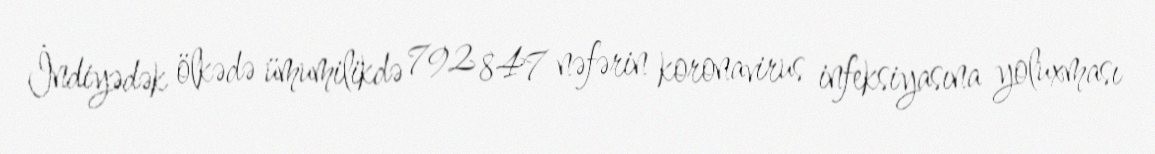
İndiyədək ölkədə ümumilikdə 792 847 nəfərin koronavirus infeksiyasına yoluxması